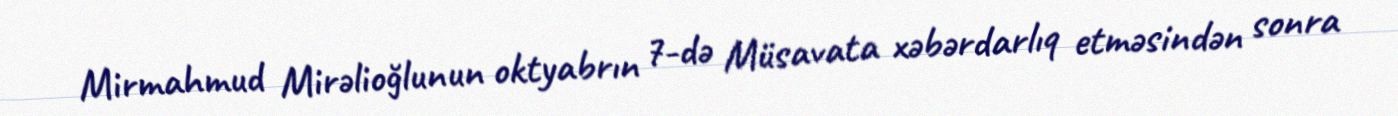
Mirmahmud Mirəlioğlunun oktyabrın 7-də Müsavata xəbərdarlıq etməsindən sonra